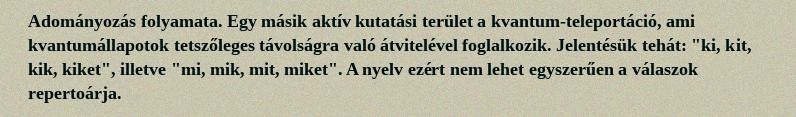
Adományozás folyamata. Egy másik aktív kutatási terület a kvantum-teleportáció, ami kvantumállapotok tetszőleges távolságra való átvitelével foglalkozik. Jelentésük tehát: "ki, kit, kik, kiket", illetve "mi, mik, mit, miket". A nyelv ezért nem lehet egyszerűen a válaszok repertoárja.